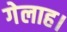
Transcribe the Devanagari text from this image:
गेलाह।